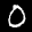
Label: 0